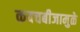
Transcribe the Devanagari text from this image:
कवचबीजामुळे